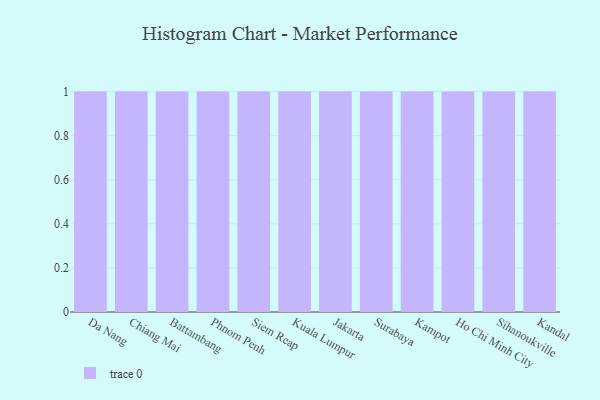
{"axis": {"x": "City", "y": "Churn Rate (%)"}, "legend": [""], "data": [{"x": "Da Nang", "y": 38, "type": ""}, {"x": "Chiang Mai", "y": 64, "type": ""}, {"x": "Battambang", "y": 41, "type": ""}, {"x": "Phnom Penh", "y": 73, "type": ""}, {"x": "Siem Reap", "y": 4, "type": ""}, {"x": "Kuala Lumpur", "y": 96, "type": ""}, {"x": "Jakarta", "y": 90, "type": ""}, {"x": "Surabaya", "y": 7, "type": ""}, {"x": "Kampot", "y": 61, "type": ""}, {"x": "Ho Chi Minh City", "y": 45, "type": ""}, {"x": "Sihanoukville", "y": 20, "type": ""}, {"x": "Kandal", "y": 17, "type": ""}]}